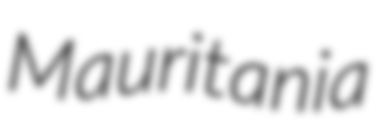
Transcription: Mauritania